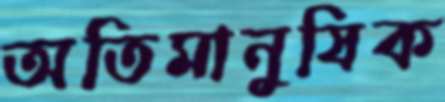
অতিমানুষিক